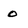
Character: 0